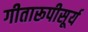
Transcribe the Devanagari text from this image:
गीतारूपीसूर्य